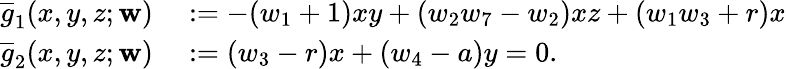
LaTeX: \begin{array}{rl}{\overline{{g}}_{1}(x,y,z;\mathbf{w})}&{{}:=-(w_{1}+1)xy+(w_{2}w_{7}-w_{2})xz+(w_{1}w_{3}+r)x}\\ {\overline{{g}}_{2}(x,y,z;\mathbf{w})}&{{}:=(w_{3}-r)x+(w_{4}-a)y=0.}\end{array}